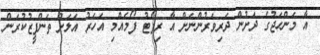
އާ މަންހަޖުގެ ދަށުން ދަރިވަރުންނަށް އާ ރިޕޯޓު ފޯމެއްމި އަހަރު އަލަށް ތަންފީޒުކުރަން